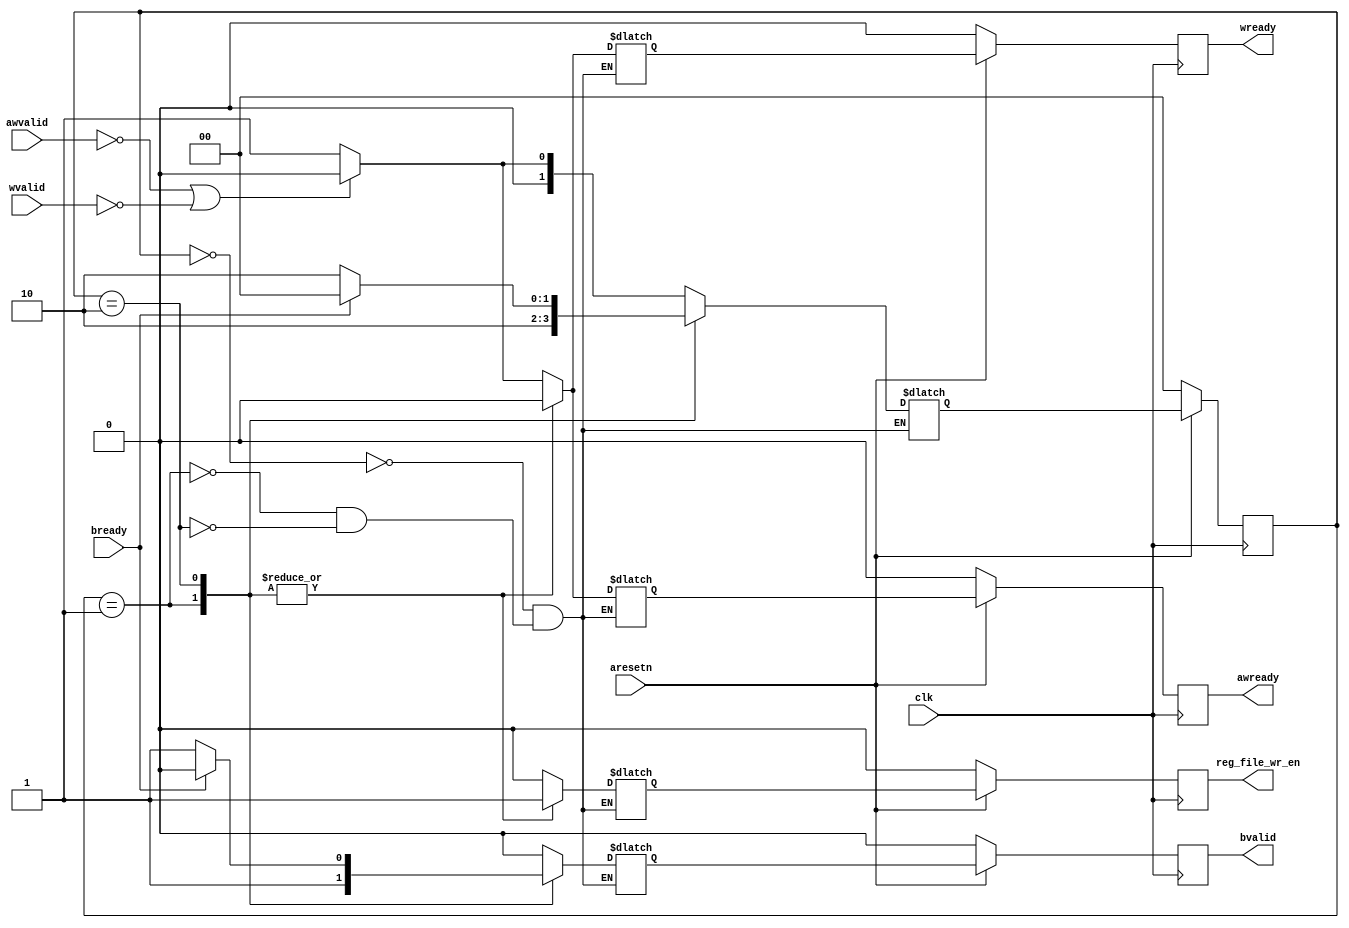
/**
* Copyright (C) 2021 Xilinx, Inc
*
* Licensed under the Apache License, Version 2.0 (the "License"). You may
* not use this file except in compliance with the License. A copy of the
* License is located at
*
*     http://www.apache.org/licenses/LICENSE-2.0
*
* Unless required by applicable law or agreed to in writing, software
* distributed under the License is distributed on an "AS IS" BASIS, WITHOUT
* WARRANTIES OR CONDITIONS OF ANY KIND, either express or implied. See the
* License for the specific language governing permissions and limitations
* under the License.
*/

`timescale 1ns / 1ps



module send_controller(
    input  wire clk,
    input  wire aresetn,
    input  wire awvalid,
    input  wire wvalid,
    input  wire bready,
    output reg awready,
    output reg wready,
    output reg bvalid,
    output reg reg_file_wr_en
);

    reg [1:0]   state, state_n;
    reg         awready_n;
    reg         wready_n;
    reg         bvalid_n;
    reg         reg_file_wr_en_n;

    localparam WAIT_STATE = 0, W_AW_STATE = 1, B_STATE = 2;


    // Registered Mealy FSM
    always@(*) begin
        case(state)
            WAIT_STATE: begin
                bvalid_n            <= 1'b0;
                reg_file_wr_en_n    <= 1'b0;
                if(~awvalid | ~wvalid) begin
                    awready_n   <= 1'b0;
                    wready_n    <= 1'b0;
                    state_n     <= WAIT_STATE;
                end
                else begin
                    awready_n   <= 1'b1;
                    wready_n    <= 1'b1;
                    state_n     <= W_AW_STATE;
                end

            end

            W_AW_STATE: begin
                reg_file_wr_en_n    <= 1'b1;
                awready_n           <= 1'b0;
                wready_n            <= 1'b0;
                bvalid_n            <= 1'b1;
                state_n             <= B_STATE;
            end
            
            B_STATE: begin
                awready_n           <= 1'b0;
                wready_n            <= 1'b0;
                reg_file_wr_en_n    <= 1'b1;
                if(~bready) begin
                    bvalid_n    <= 1'b1;
                    state_n     <= B_STATE;
                end
                else begin
                    bvalid_n    <= 1'b0;
                    state_n     <= WAIT_STATE;
                end
            end
            
        endcase
    end


    always@(posedge clk) begin
        if(~aresetn) begin
            state           <= WAIT_STATE;
            awready         <= 1'b0;
            wready          <= 1'b0;
            bvalid          <= 1'b0;
            reg_file_wr_en  <= 1'b0;
        end
        else begin
            state           <= state_n;
            awready         <= awready_n;
            wready          <= wready_n;
            bvalid          <= bvalid_n;
            reg_file_wr_en  <= reg_file_wr_en_n;
        end
    end

endmodule